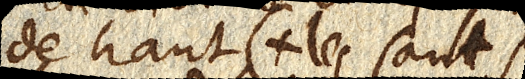
de haut (les sauts